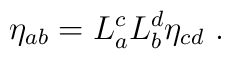
\eta _{ab}=L_{a}^{c}L_{b}^{d}\eta _{cd}~.